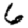
Digit: 6